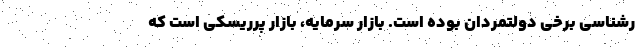
رشناسی برخی دولتمردان بوده است. بازار سرمایه، بازار پرریسکی است که